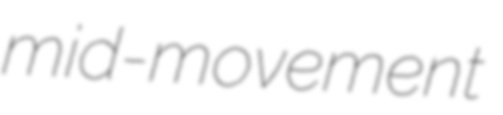
mid-movement